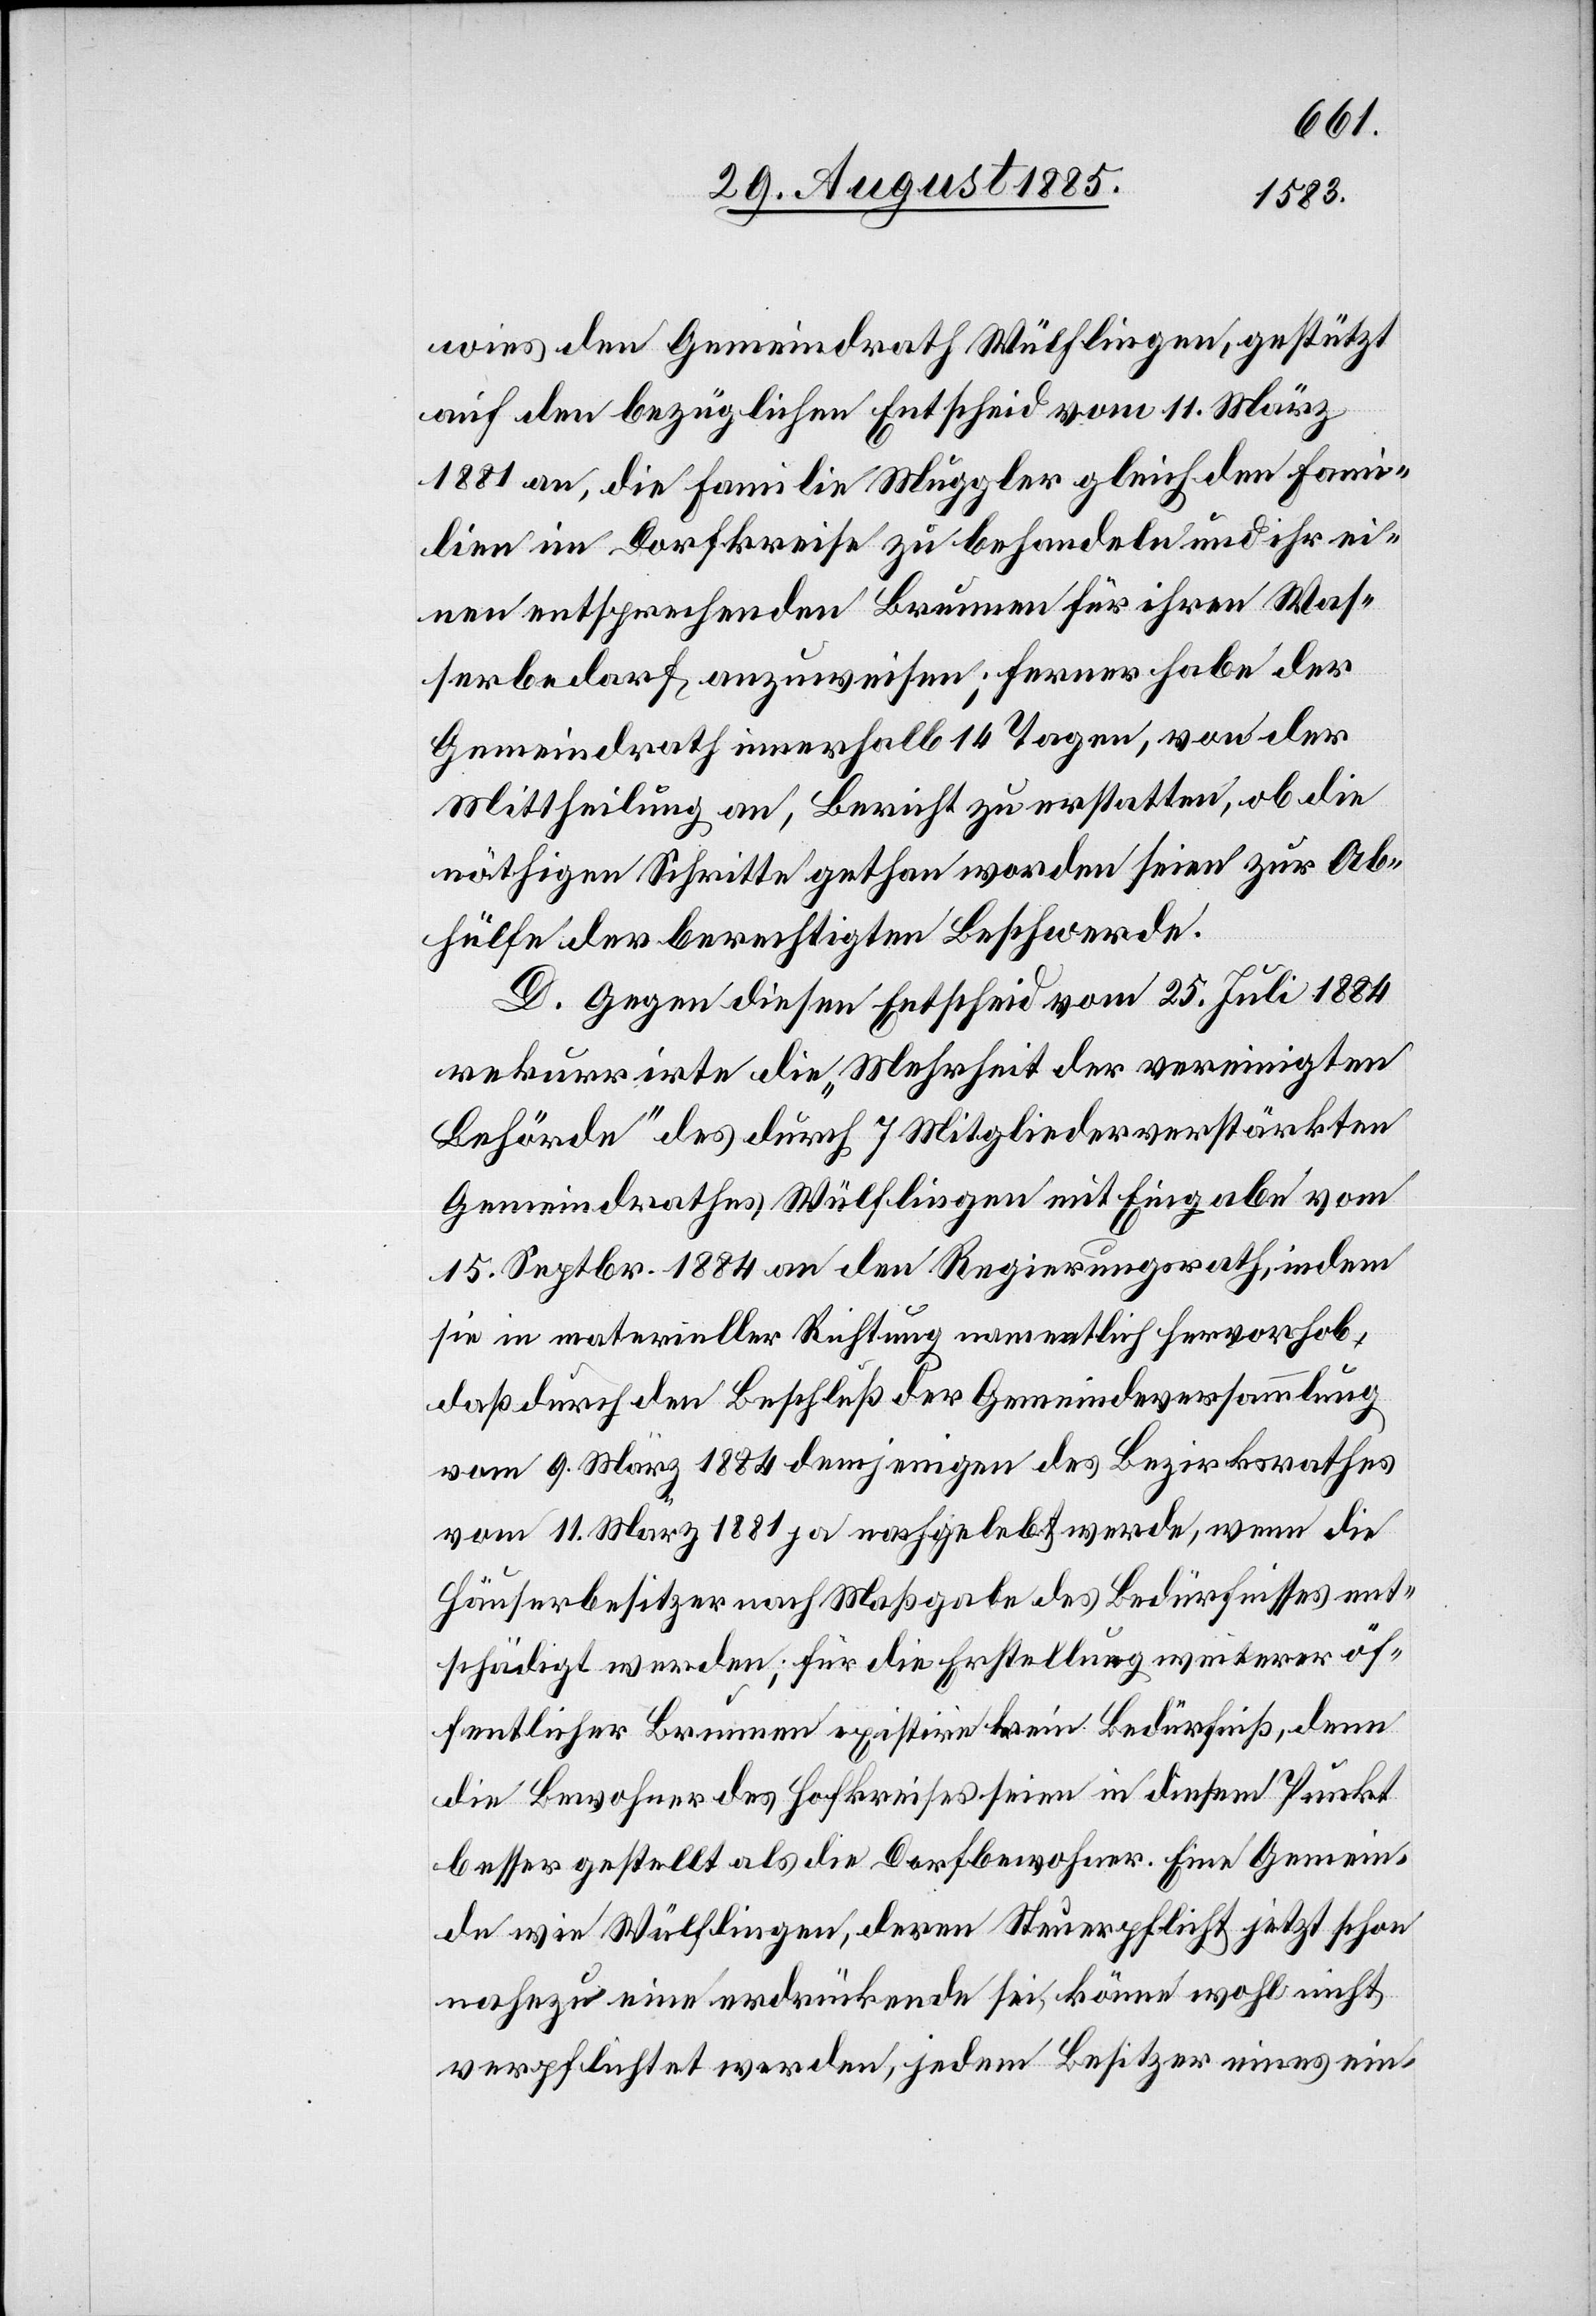
wies den Gemeindrath Wülflingen, gestützt
auf den bezüglichen Entscheid vom 11. März
1881 an, die Familie Muggler gleich den Fami¬
lien im Dorfkreise zu behandeln und ihr ei¬
nen entsprechenden Brunnen für ihren Was¬
serbedarf anzuweisen; ferner habe der
Gemeindrath innerhalb 14 Tagen, von der
Mittheilung an, Bericht zu erstatten, ob die
nöthigen Schritte gethan worden seien zur Ab¬
hülfe der berechtigten Beschwerde.
D. Gegen diesen Entscheid vom 25. Juli 1884
rekurrirte die „Mehrheit der vereinigten
Behörde“ des durch 7 Mitglieder verstärkten
Gemeindrathes Wülflingen mit Eingabe vom
15. Septbr. 1884 an den Regierungsrath, indem
sie in materieller Richtung namentlich hervorhob,
daß durch den Beschluß der Gemeindeversammlung
vom 9. März 1884 demjenigen des Bezirksrathes
vom 11. März 1881 ja nachgelebt werde, wenn die
Häuserbesitzer nach Maßgabe des Bedürfnisses ent¬
schädigt werden; für die Erstellung weiterer öf¬
fentlicher Brunnen existire kein Bedürfniß, denn
die Bewohner des Hofkreises seien in diesem Punkt
besser gestellt als die Dorfbewohner. Eine Gemein¬
de wie Wülflingen, deren Steuerpflicht jetzt schon
nahezu eine erdrückende sei, könne wohl nicht
verpflichtet werden, jedem Besitzer eines ein-